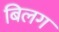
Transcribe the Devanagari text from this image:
बिलग